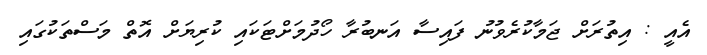
އެއީ : އިތުރަށް ޖަމާކުރެވުނު ފައިސާ އަނބުރާ ހޯދުމަށްޓަކައި ކުރިޔަށް އޮތް މަސްތަކުގައި